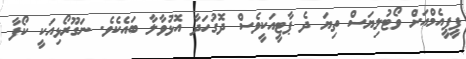
ޕީޕީއެމްއަށް ވޯޓުލިޔަސް ތިޔަ ދެ ޕާޓީއަކީވެސް ދޮގުހަދާ އޮޅުވާލާ ބައެކެވެ. ނަގޫރޯޅިއަކީ ކޯފާ